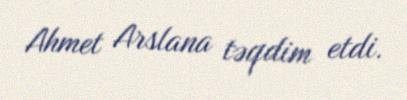
Ahmet Arslana təqdim etdi.